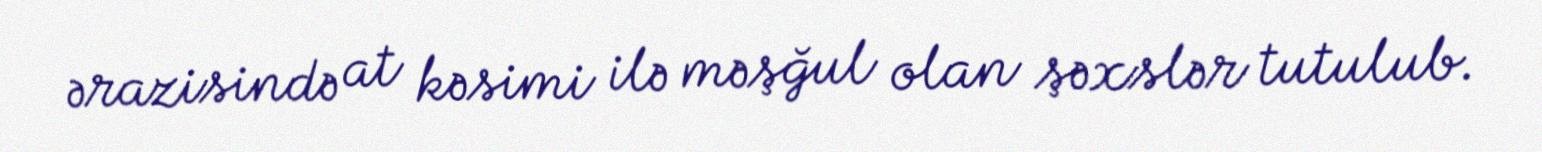
ərazisində at kəsimi ilə məşğul olan şəxslər tutulub.